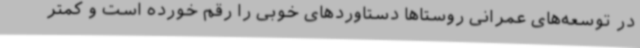
در توسعه‌های عمرانی روستاها دستاوردهای خوبی را رقم خورده است و کمتر